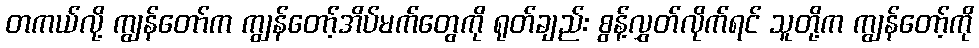
တကယ်လို့ ကျွန်တော်က ကျွန်တော့်အိပ်မက်တွေကို ရုတ်ချည်း စွန့်လွှတ်လိုက်ရင် သူတို့က ကျွန်တော့်ကို